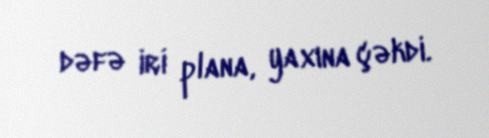
dəfə iri plana, yaxına çəkdi.